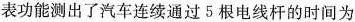
表功能测出了汽车连续通过5根电线杆的时间为